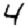
Digit: 4